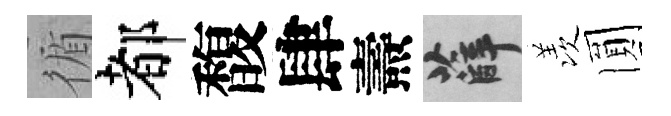
循都馥肆燾薛羡圎